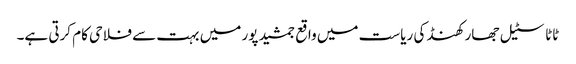
ٹاٹا سٹیل جھارکھنڈ کی ریاست میں واقع جمشید پور میں بہت سے فلاحی کام کرتی ہے۔